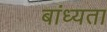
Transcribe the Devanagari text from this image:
बांध्यता